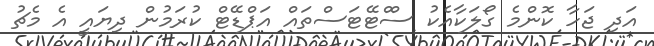
އަދި ޖަހާ ކޮންމެ ގޯލަކާއެކު ސްްޓޭޓަސްތައް އަޕްޑޭޓް ކުރަމުން ދިޔައީ އެ މެޗު